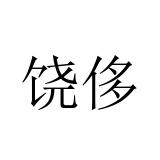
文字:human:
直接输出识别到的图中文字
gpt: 饶侈